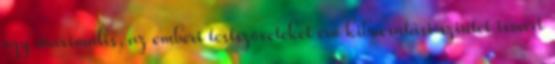
egy maximális, az emberi testszöveteket érő kibocsátási szintet ismert